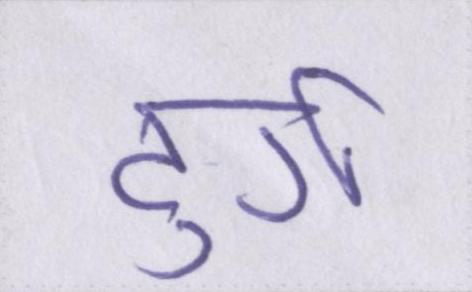
दुर्ग